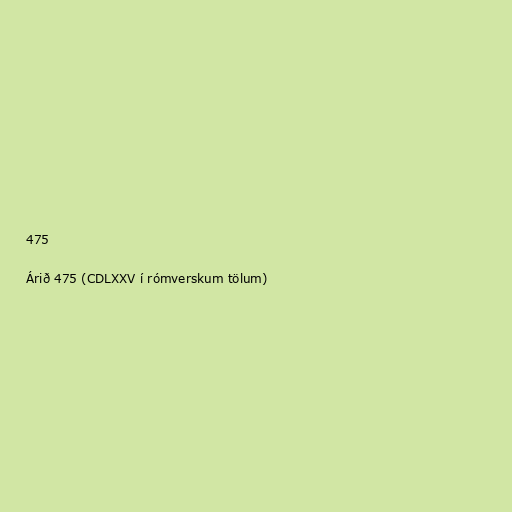
475

Árið 475 (CDLXXV í rómverskum tölum)